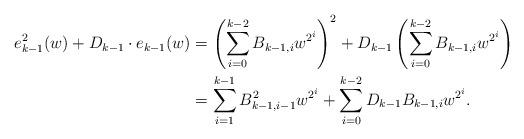
LaTeX: \begin{align*}e^2_{k-1}(w)+D_{k-1}\cdot e_{k-1}(w) &= \left(\sum_{i=0}^{k-2} B_{k-1,i}w^{2^i}\right)^2+D_{k-1}\left(\sum_{i=0}^{k-2} B_{k-1,i}w^{2^i}\right)\cr&=\sum_{i=1}^{k-1} B^2_{k-1,i-1}w^{2^i}+\sum_{i=0}^{k-2}D_{k-1}B_{k-1,i}w^{2^i}.\end{align*}